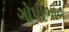
ગોપીભાવ